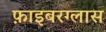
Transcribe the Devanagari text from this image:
फ़ाइबरग्लास